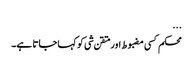
...
محکم کسی مضبوط اور متقن شی کو کہا جاتا ہے۔